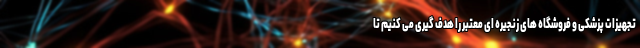
تجهیزات پزشکی و فروشگاه های زنجیره ای معتبر را هدف گیری می کنیم‌ تا